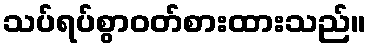
သပ်ရပ်စွာဝတ်စားထားသည်။